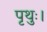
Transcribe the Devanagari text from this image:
पृथुः।